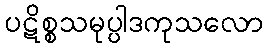
ပဋိစ္စသမုပ္ပါဒကုသလော